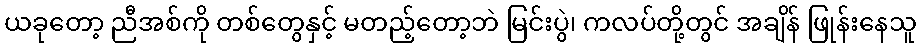
ယခုတော့ ညီအစ်ကို တစ်တွေနှင့် မတည့်တော့ဘဲ မြင်းပွဲ၊ ကလပ်တို့တွင် အချိန် ဖြုန်းနေသူ